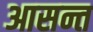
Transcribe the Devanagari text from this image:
आसन्त